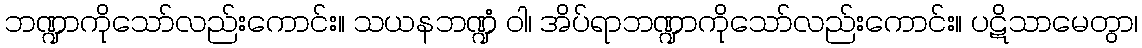
ဘဏ္ဍာကိုသော်လည်းကောင်း။ သယနဘဏ္ဍံ ဝါ၊ အိပ်ရာဘဏ္ဍာကိုသော်လည်းကောင်း။ ပဋိသာမေတွာ၊